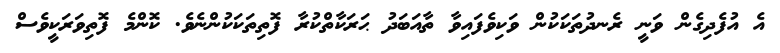
އެ އުފެދިގެން ވަނީ ރެނދުތަކަކުން ވަކިވެފައިވާ ތާއަބަދު ޙަރަކާތްކުރާ ފޮތިތަކަކުންނެވެ. ކޮންމެ ފޮތިވަރަކީވެސް